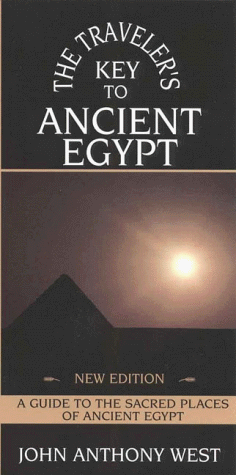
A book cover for The Traveler's Key to Ancient Egypt: A Guide to Sacred Places; John Anthony West; Travel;